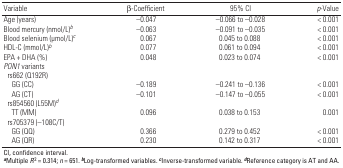
<table><thead><tr><td><b>Variable</b></td><td><b>β-Coefficient</b></td><td><b>95% CI</b></td><td><b><i>p</i>-Value</b></td></tr></thead><tbody><tr><td>Age (years)</td><td></td><td>–0.047</td><td></td><td>–0.066 to –0.028</td><td></td><td>&lt; 0.001</td></tr><tr><td>Blood mercury (nmol/L)<i>b</i></td><td></td><td>–0.063</td><td></td><td>–0.091 to –0.035</td><td></td><td>&lt; 0.001</td></tr><tr><td>Blood selenium (μmol/L)<i>c</i></td><td></td><td>0.067</td><td></td><td>0.045 to 0.088</td><td></td><td>&lt; 0.001</td></tr><tr><td>HDL-C (mmol/L)<i>b</i></td><td></td><td>0.077</td><td></td><td>0.061 to 0.094</td><td></td><td>&lt; 0.001</td></tr><tr><td>EPA + DHA (%)</td><td></td><td>0.048</td><td></td><td>0.023 to 0.074</td><td></td><td>&lt; 0.001</td></tr><tr><td><i>PON1</i> variants</td><td></td><td></td><td></td><td></td><td></td><td></td></tr><tr><td>rs662 (Q192R)</td><td></td><td></td><td></td><td></td><td></td><td></td></tr><tr><td>GG (CC)</td><td></td><td>–0.189</td><td></td><td>–0.241 to –0.136</td><td></td><td>&lt; 0.001</td></tr><tr><td>AG (CT)</td><td></td><td>–0.101</td><td></td><td>–0.147 to –0.055</td><td></td><td>&lt; 0.001</td></tr><tr><td>rs854560 (L55M)<i>d</i></td><td></td><td></td><td></td><td></td><td></td><td></td></tr><tr><td>TT (MM)</td><td></td><td>0.096</td><td></td><td>0.038 to 0.153</td><td></td><td>0.001</td></tr><tr><td>rs705379 (–108C/T)</td><td></td><td></td><td></td><td></td><td></td><td></td></tr><tr><td>GG (QQ)</td><td></td><td>0.366</td><td></td><td>0.279 to 0.452</td><td></td><td>&lt; 0.001</td></tr><tr><td>AG (QR)</td><td></td><td>0.230</td><td></td><td>0.142 to 0.317</td><td></td><td>&lt; 0.001</td></tr><tr><td colspan="7">CI, confidence interval. <b>a</b>Multiple <i>R</i><sup>2</sup> = 0.314; <i>n</i> = 651. <b>b</b>Log-transformed variables. <b>c</b>Inverse-transformed variable. <b>d</b>Reference category is AT and AA.</td></tr></tbody></table>